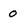
Character: 0